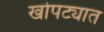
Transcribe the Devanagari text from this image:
खोपट्यात